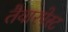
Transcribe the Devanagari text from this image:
तैयारपेस्ट